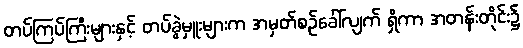
တပ်ကြပ်ကြီးများနှင့် တပ်ခွဲမှူးများက အမှတ်စဉ်ခေါ်လျက် ရှိကာ အတန်းတိုင်း၌